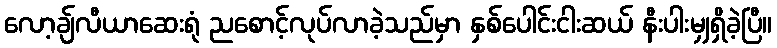
လော့ချ်လီယာဆေးရုံ ညစောင့်လုပ်လာခဲ့သည်မှာ နှစ်ပေါင်းငါးဆယ် နီးပါးမျှရှိခဲ့ပြီ။